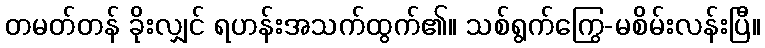
တမတ်တန် ခိုးလျှင် ရဟန်းအသက်ထွက်၏။ သစ်ရွက်ကြွေ-မစိမ်းလန်းပြီ။